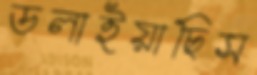
ডলাইয়াছিস